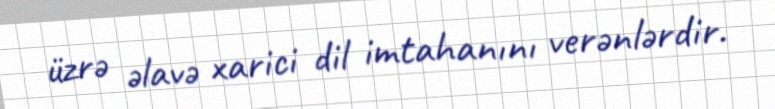
üzrə əlavə xarici dil imtahanını verənlərdir.